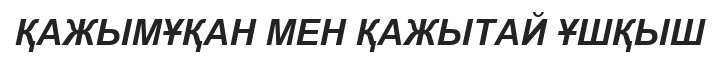
ҚАЖЫМҰҚАН МЕН ҚАЖЫТАЙ ҰШҚЫШ